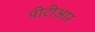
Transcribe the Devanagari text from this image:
पीटीआर